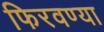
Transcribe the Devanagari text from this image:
फिरवण्या